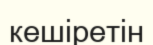
кешіретін